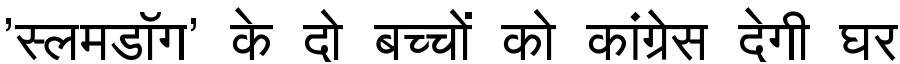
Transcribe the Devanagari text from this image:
'स्लमडॉग' के दो बच्चों को कांग्रेस देगी घर